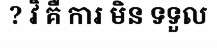
? វិ គឺ ការ មិន ទទួល